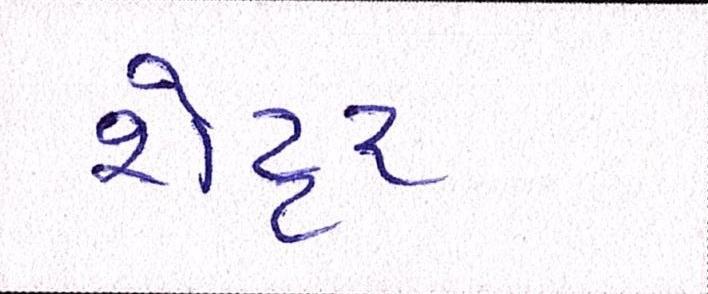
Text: શેટ્ટર